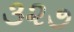
૩૨૭